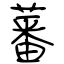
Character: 蕃